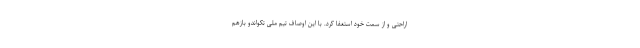
اراحتی و از سمت خود استعفا کرد. با این اوصاف تیم ملی تکواندو بازهم